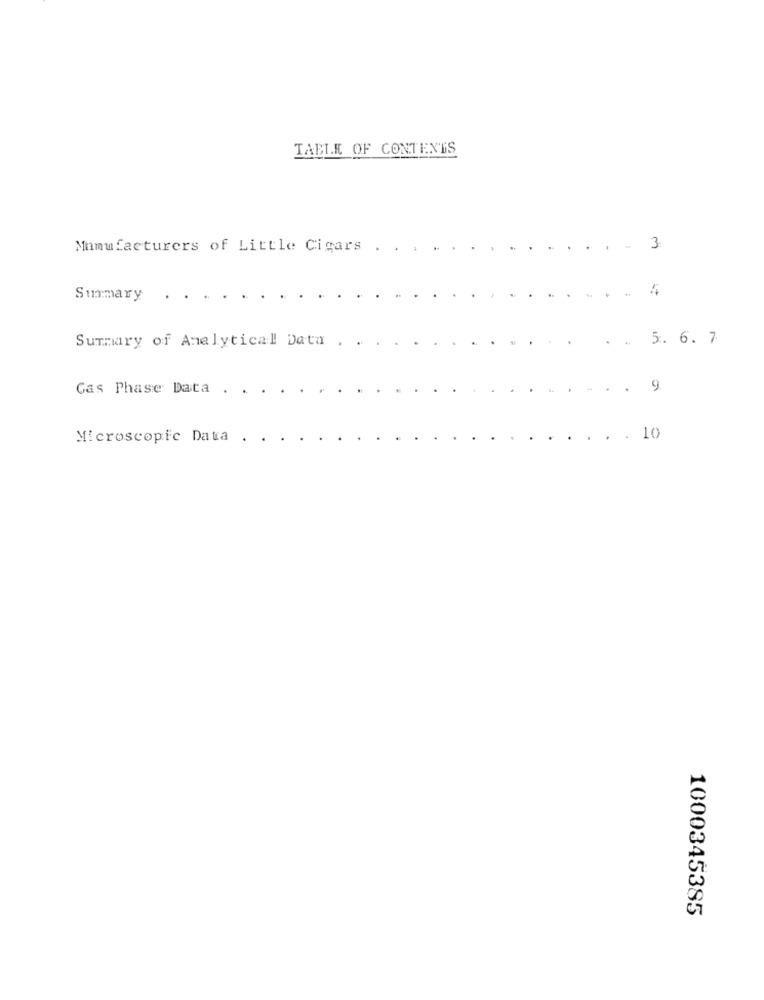
TABLE OF CONTENTS
Manufacturers of Little Cigars
3
Summary
Summary of Analytical Data
5. 6. 7
Gas Phase Data .
9
Microscopic Data
. 10
1000345385